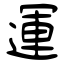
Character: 運